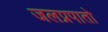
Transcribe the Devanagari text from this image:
जलप्रपातो